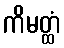
ကိမတ္ထံ